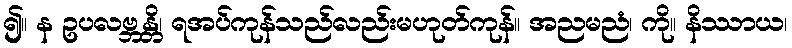
၍။ န ဥပလဗ္ဘန္တိ၊ ရအပ်ကုန်သည်လည်းမဟုတ်ကုန်။ အညမညံ၊ ကို။ နိဿာယ၊